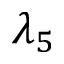
\lambda _ { 5 }